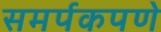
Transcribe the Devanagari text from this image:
समर्पकपणे